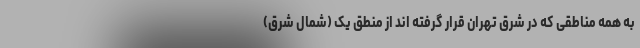
به همه مناطقی که در شرق تهران قرار گرفته اند از منطق یک (شمال شرق)